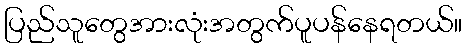
ပြည်သူတွေအားလုံးအတွက်ပူပန်နေရတယ်။